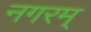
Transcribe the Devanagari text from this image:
नगरम्